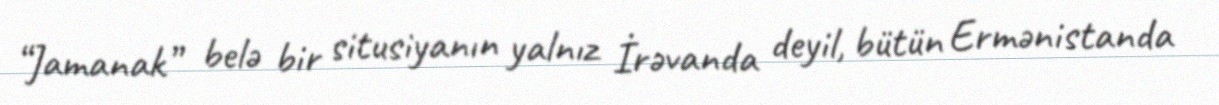
“Jamanak” belə bir situsiyanın yalnız İrəvanda deyil, bütün Ermənistanda